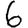
Digit: 6